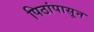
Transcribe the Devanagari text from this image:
पिठांपासून